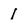
Character: 1